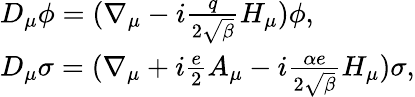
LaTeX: \begin{array}{ll}{{D_{\mu}\phi=(\nabla_{\mu}-i\frac{q}{2\sqrt{\beta}}H_{\mu})\phi,}}\\ {{D_{\mu}\sigma=(\nabla_{\mu}+i\frac{e}{2}A_{\mu}-i\frac{\alpha e}{2\sqrt{\beta}}H_{\mu})\sigma,}}\end{array}